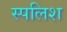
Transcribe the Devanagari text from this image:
स्पलिश